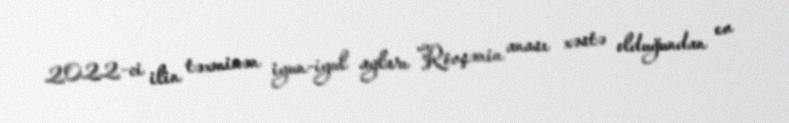
2022-ci ilin təxminən iyun-iyul ayları Rövşənin anası xəstə olduğundan ev